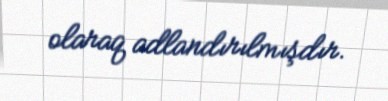
olaraq adlandırılmışdır.